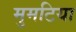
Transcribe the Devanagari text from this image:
मुमटिया